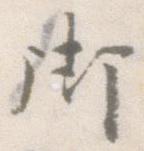
御